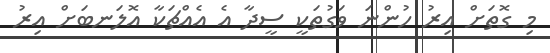
މި ގޮތަށް އިރު ހުންނަ ވަގުތަކީ ސީދާ އެ އެއްޗަކާ އޮލަނބަށް އިރު